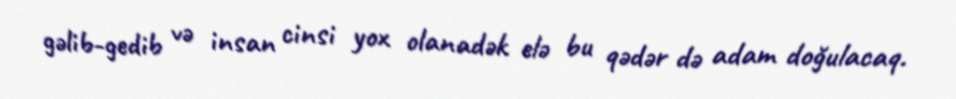
gəlib-gedib və insan cinsi yox olanadək elə bu qədər də adam doğulacaq.